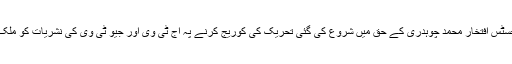
عدلیہ بحالی اور چیف جسٹس افتخار محمد چوہدری کے حق میں شروع کی گئی تحریک کی کوریج کرنے پہ آج ٹی وی اور جیو ٹی وی کی نشریات کو ملک بھر میں روک دیا گیا۔